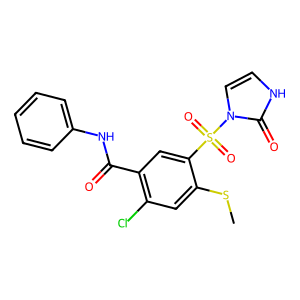
SMILES: CSc1cc(Cl)c(C(=O)Nc2ccccc2)cc1S(=O)(=O)n1cc[nH]c1=O
Inhibits HIV replication: No